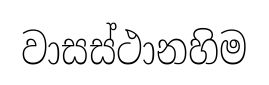
වාසස්ථානහිම